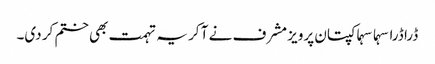
ڈرا ڈرا سہما سہما کپتان پرویز مشرف نے آ کر یہ تہمت بھی ختم کر دی۔